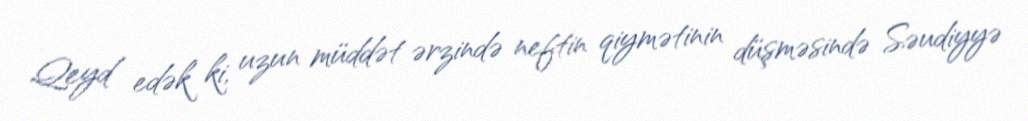
Qeyd edək ki, uzun müddət ərzində neftin qiymətinin düşməsində Səudiyyə